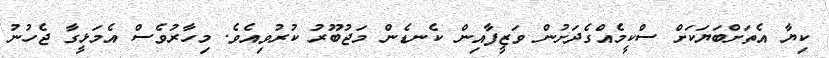
ކިޔާ އެތަށްބަޔަކަށް ސްކީމެެއްގެދަށުން ވަޒީފާއިން ކެނޑެން މަޖުބޫރު ކުރުވިއެވެ. މިހާރުވެސް އެމަޅީގާ ޖެހުނު